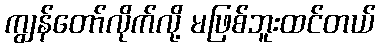
ကျွန်တော်လိုက်လို့ မဖြစ်ဘူးထင်တယ်